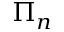
\Pi _ { n }